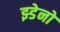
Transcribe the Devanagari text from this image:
झ्डेनो